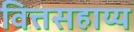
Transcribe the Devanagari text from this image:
वित्तसहाय्य